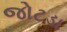
જોટડા